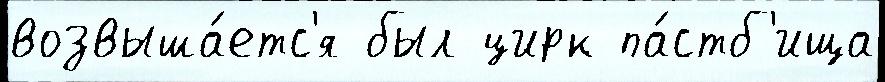
возвыша́етс'я был цирк па́стб'ища